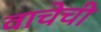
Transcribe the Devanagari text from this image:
वाचेची